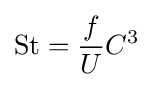
{\text{St}}={\frac {f}{U}}C^{3}